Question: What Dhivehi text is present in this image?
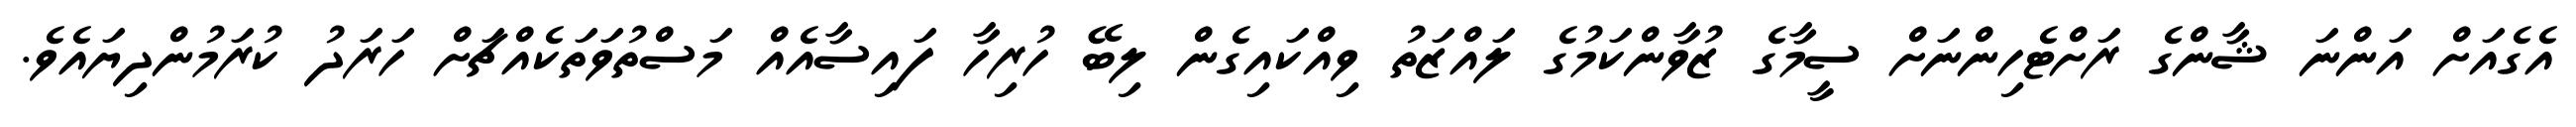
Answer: އެގެއަށް އަންނަ ޝާންގެ ރަށްޓެހިންނަށް ސީމާގެ ޒުވާންކަމުގެ ލައްޒަތު ވިއްކައިގެން ލިބޭ ހުރިހާ ފައިސާއެއް މަސްތުވަތަކެއްޗަށް ހަރަދު ކުރަމުންދިޔައެވެ.